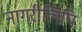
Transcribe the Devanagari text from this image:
नागरीलिपि